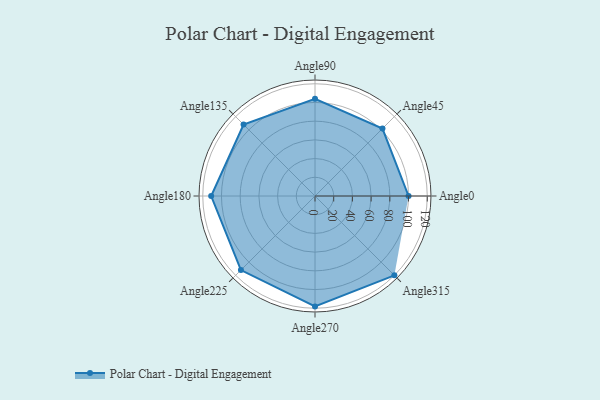
{"axis": {"x": "Angle", "y": "Radius"}, "legend": [""], "data": [{"x": "Angle0", "y": 100.0, "type": ""}, {"x": "Angle45", "y": 102.0, "type": ""}, {"x": "Angle90", "y": 104.0, "type": ""}, {"x": "Angle135", "y": 108.0, "type": ""}, {"x": "Angle180", "y": 111.0, "type": ""}, {"x": "Angle225", "y": 112.0, "type": ""}, {"x": "Angle270", "y": 118.0, "type": ""}, {"x": "Angle315", "y": 120.0, "type": ""}]}